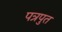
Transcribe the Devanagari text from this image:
पत्रपुत